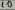
Text: 10